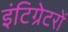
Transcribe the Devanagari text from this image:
इंटिग्रेटरों